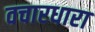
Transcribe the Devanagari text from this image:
वचारधारा